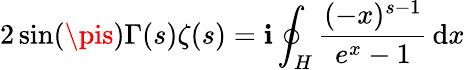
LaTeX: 2\sin(\pis)\Gamma(s)\zeta(s)=\mathbf{i}\oint_{H}{\frac{{(-x)^{s-1}}}{{e^{x}-1}}}\, \mathrm{{d}}x